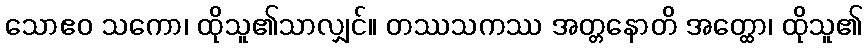
သောဧဝ သကော၊ ထိုသူ၏သာလျှင်။ တဿသကဿ အတ္တနောတိ အတ္ထော၊ ထိုသူ၏